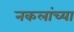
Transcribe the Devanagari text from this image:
नकलांच्या